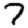
Digit: 7